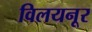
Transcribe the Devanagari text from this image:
विलयनूर